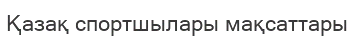
Қазақ спортшылары мақсаттары